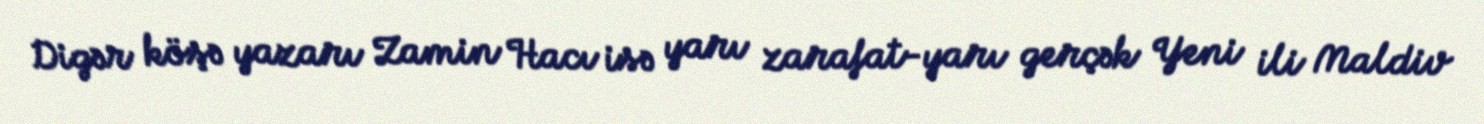
Digər köşə yazarı Zamin Hacı isə yarı zarafat-yarı gerçək Yeni ili Maldiv